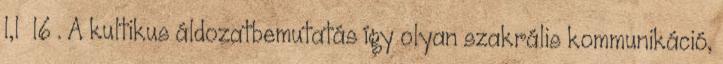
l,l l6 . A kultikus áldozatbemutatás így olyan szakrális kommunikáció,